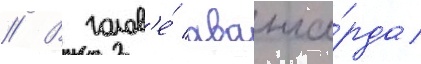
// В голов'е́ аванга́рда